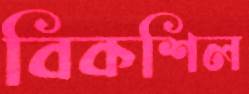
বিকশিল